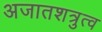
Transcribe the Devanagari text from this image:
अजातशत्रुत्व